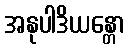
အနုပါဒိယန္တော